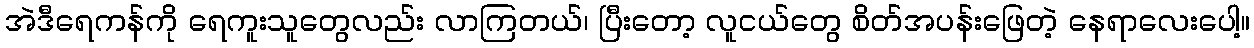
အဲဒီရေကန်ကို ရေကူးသူတွေလည်း လာကြတယ်၊ ပြီးတော့ လူငယ်တွေ စိတ်အပန်းဖြေတဲ့ နေရာလေးပေါ့။